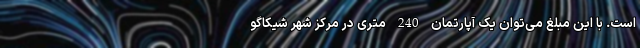
است. با این مبلغ می‌توان یک آپارتمان 240 متری در مرکز شهر شیکاگو